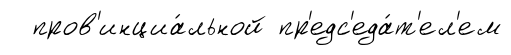
пров'инциа́льной пр'едс'еда́т'ел'ем